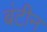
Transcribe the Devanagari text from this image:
बंटीन